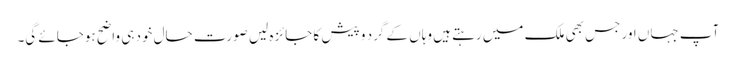
آپ جہاں اور جس بھی ملک میں رہتے ہیں وہاں کے گرد و پیش کا جائزہ لیں صورت حال خود ہی واضح ہوجائے گی۔